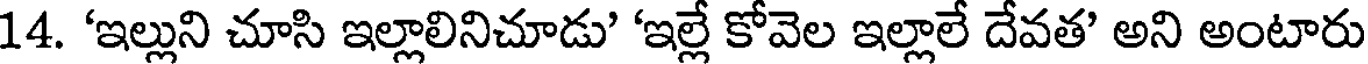
14. 'ఇల్లుని చూసి ఇల్లాలినిచూడు' 'ఇల్లే కోవెల ఇల్లాలే దేవత' అని అంటారు